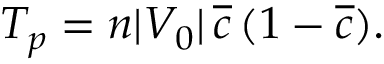
\begin{array} { l } { \displaystyle { T _ { p } = n | V _ { 0 } | \, \overline { { c } } \, ( 1 - \overline { { c } } ) . } } \end{array}